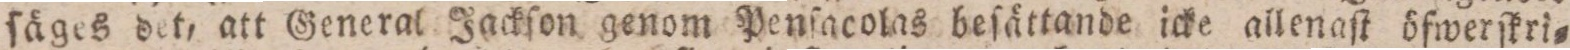
ſäges det, att General Jackſon genom Penſacolas beſättande icke allenaſt öfwerſkri=